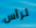
لرأس